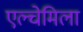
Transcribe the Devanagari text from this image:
एल्चेमिला